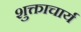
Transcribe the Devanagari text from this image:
शुक्ताचार्य